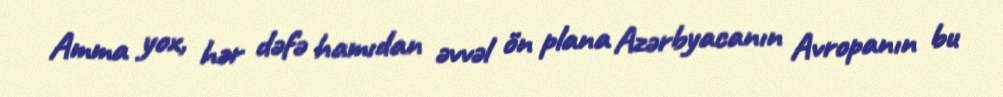
Amma yox, hər dəfə hamıdan əvvəl ön plana Azərbyacanın Avropanın bu